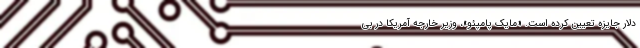
دلار جایزه تعیین کرده است. «مایک پامپئو»، وزیر خارجه آمریکا در بی